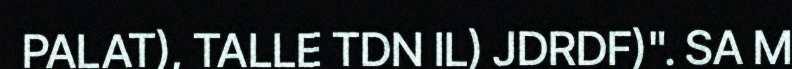
PALAT), TALLE TDN IL) JDRDF)". SA M